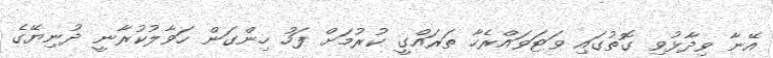
އޭނާ ވިދާޅުވި ގޮތުގައި ވަޓަވައްރެހާ ތަރައްގީ ކުރުމަށް ފަހު ހިންގަން ހަވާލުކުރާނީ ދުނިޔޭގެ